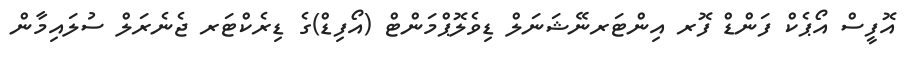
އޮފީސް އޯޕެކް ފަންޑް ފޮރ އިންޓަރނޭޝަނަލް ޑިވެލޮޕްމަންޓް (އޯފިޑް)ގެ ޑިރެކްޓަރ ޖެނެރަލް ސުލައިމާން